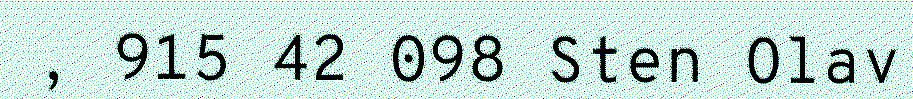
, 915 42 098 Sten Olav